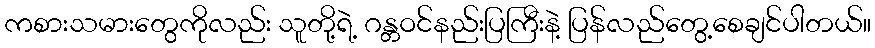
ကစားသမားတွေကိုလည်း သူတို့ရဲ့ ဂန္တဝင်နည်းပြကြီးနဲ့ ပြန်လည်တွေ့စေချင်ပါတယ်။